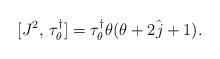
LaTeX: \begin{align*}[J^2, \, \tau^\dagger_\theta] = \tau^\dagger_\theta \theta (\theta + 2\hat{j} + 1).\end{align*}